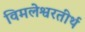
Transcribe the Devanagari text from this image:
विमलेश्वरतीर्थ